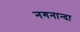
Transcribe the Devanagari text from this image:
नगनान्दा